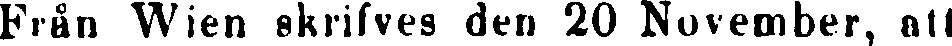
Från Wien skrifves den 20 November, att